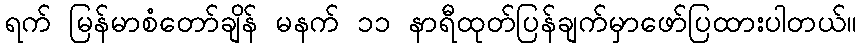
ရက် မြန်မာစံတော်ချိန် မနက် ၁၁ နာရီထုတ်ပြန်ချက်မှာဖော်ပြထားပါတယ်။